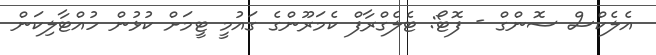
އެލެކްސް ސޮންގް - ފޮޓޯ: ޓެލެގްރާފް ކެމަރޫންގެ ގައުމީ ޓީމަށް ކުޅުން ހުއްޓާލިކަން